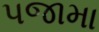
પજામા